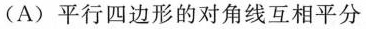
(A)平行四边形的对角线互相平分